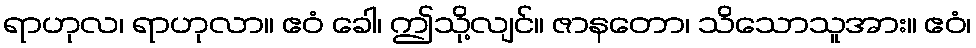
ရာဟုလ၊ ရာဟုလာ။ ဧဝံ ခေါ၊ ဤသို့လျင်။ ဇာနတော၊ သိသောသူအား။ ဧဝံ၊